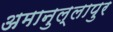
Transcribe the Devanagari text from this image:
अमानुल्लापुर